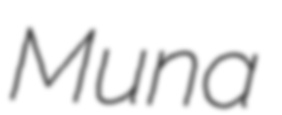
Muna